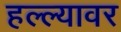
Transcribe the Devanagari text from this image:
हल्ल्यावर